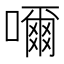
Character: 𡁠